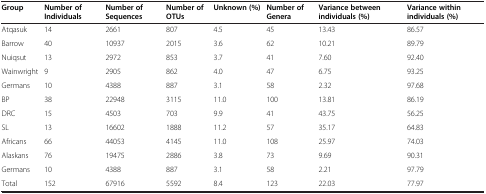
<table><thead><tr><td><b>Group</b></td><td><b>Number of Individuals</b></td><td><b>Number of Sequences</b></td><td><b>Number of OTUs</b></td><td><b>Unknown (%)</b></td><td><b>Number of Genera</b></td><td><b>Variance between individuals (%)</b></td><td><b>Variance within individuals (%)</b></td></tr></thead><tbody><tr><td>Atqasuk</td><td>14</td><td>2661</td><td>807</td><td>4.5</td><td>45</td><td>13.43</td><td>86.57</td></tr><tr><td>Barrow</td><td>40</td><td>10937</td><td>2015</td><td>3.6</td><td>62</td><td>10.21</td><td>89.79</td></tr><tr><td>Nuiqsut</td><td>13</td><td>2972</td><td>853</td><td>3.7</td><td>41</td><td>7.60</td><td>92.40</td></tr><tr><td>Wainwright</td><td>9</td><td>2905</td><td>862</td><td>4.0</td><td>47</td><td>6.75</td><td>93.25</td></tr><tr><td>Germans</td><td>10</td><td>4388</td><td>887</td><td>3.1</td><td>58</td><td>2.32</td><td>97.68</td></tr><tr><td>BP</td><td>38</td><td>22948</td><td>3115</td><td>11.0</td><td>100</td><td>13.81</td><td>86.19</td></tr><tr><td>DRC</td><td>15</td><td>4503</td><td>703</td><td>9.9</td><td>41</td><td>43.75</td><td>56.25</td></tr><tr><td>SL</td><td>13</td><td>16602</td><td>1888</td><td>11.2</td><td>57</td><td>35.17</td><td>64.83</td></tr><tr><td>Africans</td><td>66</td><td>44053</td><td>4145</td><td>11.0</td><td>108</td><td>25.97</td><td>74.03</td></tr><tr><td>Alaskans</td><td>76</td><td>19475</td><td>2886</td><td>3.8</td><td>73</td><td>9.69</td><td>90.31</td></tr><tr><td>Germans</td><td>10</td><td>4388</td><td>887</td><td>3.1</td><td>58</td><td>2.21</td><td>97.79</td></tr><tr><td>Total</td><td>152</td><td>67916</td><td>5592</td><td>8.4</td><td>123</td><td>22.03</td><td>77.97</td></tr></tbody></table>